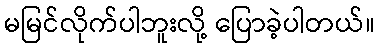
မမြင်လိုက်ပါဘူးလို့ ပြောခဲ့ပါတယ်။